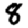
Digit: 8